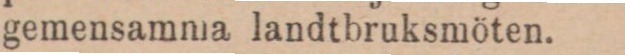
gemensamma landtbruksmöten.